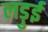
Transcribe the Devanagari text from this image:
लड़ुई